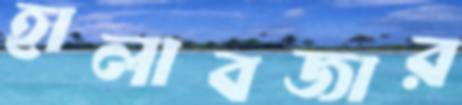
হালাবজার